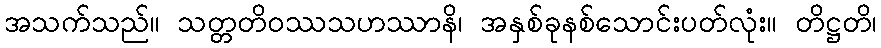
အသက်သည်။ သတ္တတိဝဿသဟဿာနိ၊ အနှစ်ခုနစ်သောင်းပတ်လုံး။ တိဋ္ဌတိ၊